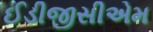
ઈડીજીસીએમ